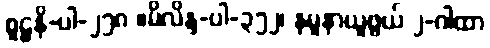
စူဠနိ-ပါ-၂၅၈ ။မိလိန္ဒ-ပါ-၃၅၂၊ နမူနာယူဖွယ် ၂-ဂါထာ